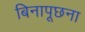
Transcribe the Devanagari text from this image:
बिनापूछना